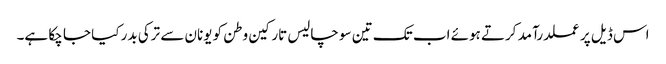
اس ڈیل پر عملدرآمد کرتے ہوئے اب تک تین سو چالیس تارکین وطن کو یونان سے ترکی بدر کیا جا چکا ہے۔